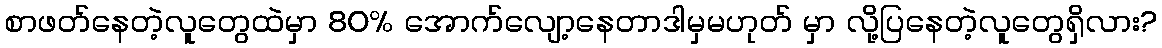
စာဖတ်နေတဲ့လူတွေထဲမှာ 80% အောက်လျော့နေတာဒါမှမဟုတ် မှာ လို့ပြနေတဲ့လူတွေရှိလား?